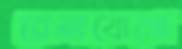
রেলযোগে